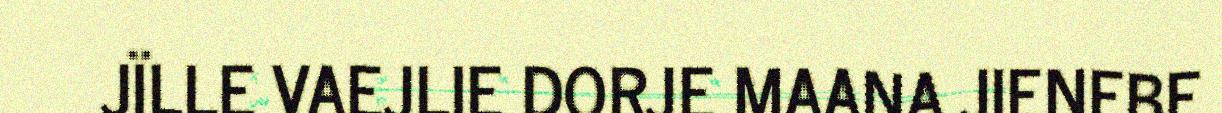
JÏLLE VAEJLIE DORJE MAANA JIENEBE